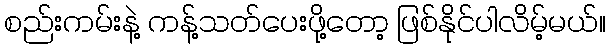
စည်းကမ်းနဲ့ ကန့်သတ်ပေးဖို့တော့ ဖြစ်နိုင်ပါလိမ့်မယ်။